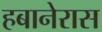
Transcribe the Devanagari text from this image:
हबानेरास